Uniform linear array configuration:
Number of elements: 24
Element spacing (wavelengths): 1
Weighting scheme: cosine
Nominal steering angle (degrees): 60
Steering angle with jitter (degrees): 59.113
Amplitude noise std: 0.05
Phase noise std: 0.05

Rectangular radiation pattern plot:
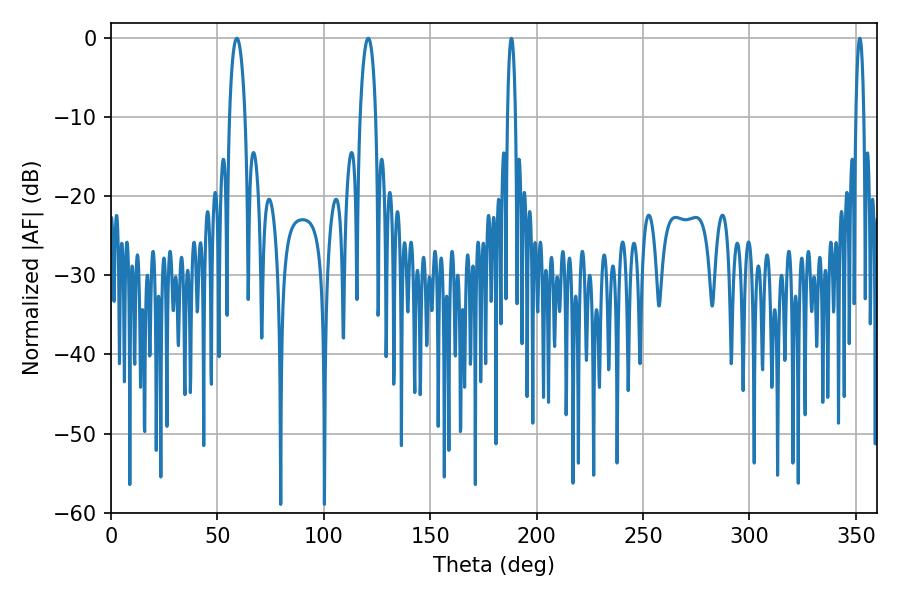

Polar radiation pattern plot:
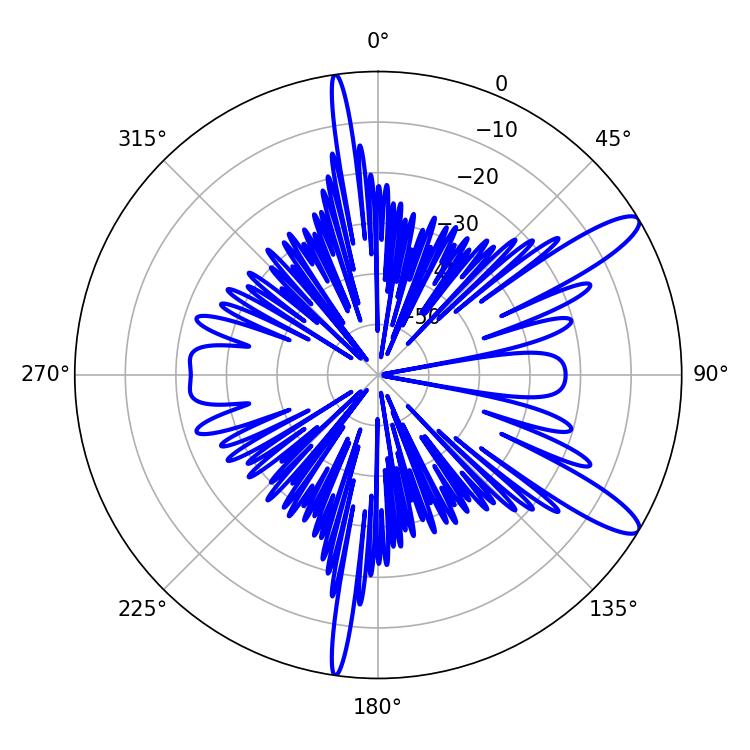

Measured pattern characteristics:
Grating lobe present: TRUE
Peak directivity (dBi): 12.003
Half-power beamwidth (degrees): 4.14
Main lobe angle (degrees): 59.04